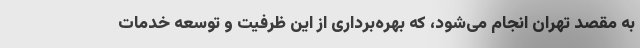
به مقصد تهران انجام می‌شود، که بهره‌برداری از این ظرفیت و توسعه خدمات